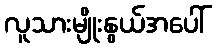
လူသားမျိုးနွယ်အပေါ်